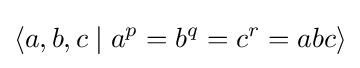
\langle a,b,c\mid a^{p}=b^{q}=c^{r}=abc\rangle